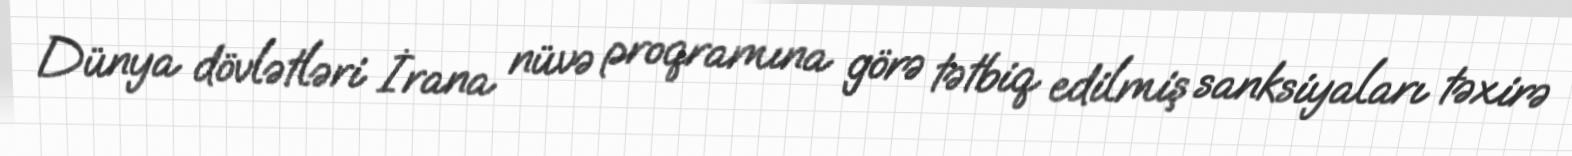
Dünya dövlətləri İrana nüvə proqramına görə tətbiq edilmiş sanksiyaları təxirə